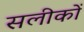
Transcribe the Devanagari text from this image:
सलीकों